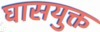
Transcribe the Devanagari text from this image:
घासयुक्त